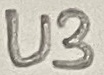
Text: U3